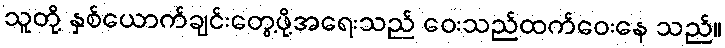
သူတို့ နှစ်ယောက်ချင်းတွေ့ဖို့အရေးသည် ဝေးသည်ထက်ဝေးနေ သည်။